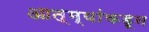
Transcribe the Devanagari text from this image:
आत्म्यांकडून